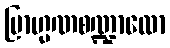
ဗြာဟ္မဏစဏ္ဍာလော